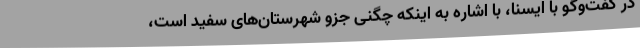
در گفت‌وگو با ایسنا، با اشاره به اینکه چگنی جزو شهرستان‌های سفید است،